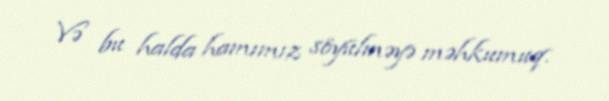
Və bu halda hamımız söyülməyə məhkumuq.